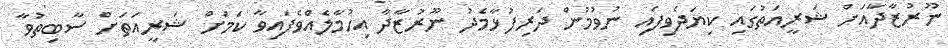
ނޫރުޒާދާއަށް ޝަރީއަތުގައި ކިޔަދެވިފައި ނުވުމުން ދަރިފުޅާމެދު ނޫރުޒާދާ އިހުމާލެއްވެފައިވާ ކަމަށް ޝަރީއަތަށް ސާބިތުވާ